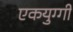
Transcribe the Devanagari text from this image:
एकयुग्गी